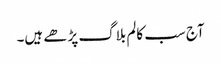
آج سب کالم بلاگ پڑھے ہیں۔